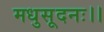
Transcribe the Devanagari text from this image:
मधुसूदनः।।